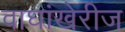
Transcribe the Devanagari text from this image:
वाघांखेरीज